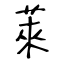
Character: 萊